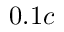
0 . 1 c